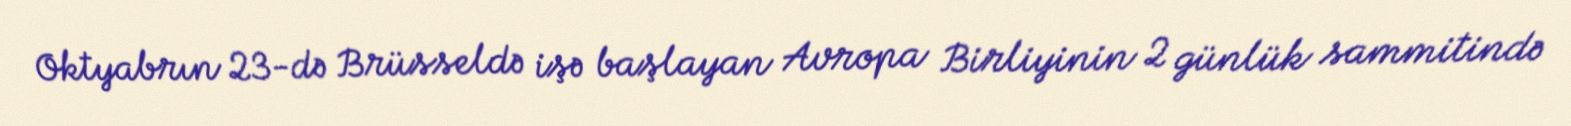
Oktyabrın 23-də Brüsseldə işə başlayan Avropa Birliyinin 2 günlük sammitində